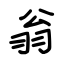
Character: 翁